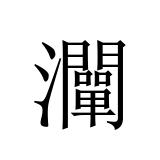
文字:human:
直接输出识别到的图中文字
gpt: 灛